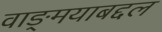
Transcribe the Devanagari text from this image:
वाङ्‌मयाबद्दल